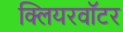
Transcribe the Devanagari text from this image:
क्लियरवॉटर